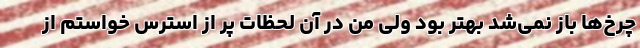
چرخ‌ها باز نمی‌شد بهتر بود ولی من در آن لحظات پر از استرس خواستم از